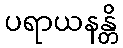
ပရာယနန္တိ